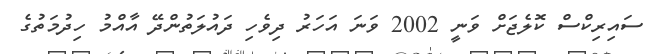
ސައިރިކްސް ކޮލެޖަށް ވަނީ 2002 ވަނަ އަހަރު ދިވެހި ދައުލަތުންދޭ އާއްމު ހިދުމަތުގެ